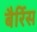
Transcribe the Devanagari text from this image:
बैर्रिस